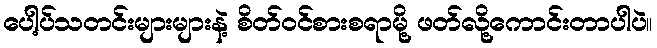
ပေါ့ပ်သတင်းများများနဲ့ စိတ်ဝင်စားစရာမို့ ဖတ်လို့ကောင်းတာပါပဲ။